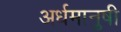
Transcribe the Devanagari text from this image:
अर्धमानुषी